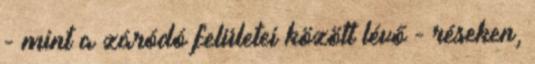
- mint a záródó felületei között lévő - réseken,